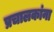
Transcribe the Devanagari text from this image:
प्रचालकांना